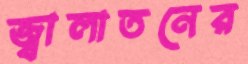
জ্বালাতনের